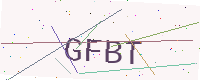
Text: GFBT